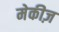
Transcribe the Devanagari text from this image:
मेकीज़